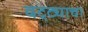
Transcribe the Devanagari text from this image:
दट्ट्याचा